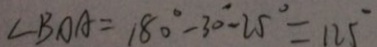
\angle B O A = 1 8 0 ^ { \circ } - 3 0 ^ { \circ } - 2 5 ^ { \circ } = 1 2 5 ^ { \circ }